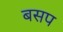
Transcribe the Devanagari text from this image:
बसप